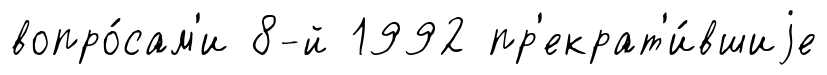
вопро́сам'и 8-й 1992 пр'екрат'и́вшиjе